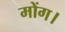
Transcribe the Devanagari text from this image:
मोंग।